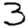
Digit: 3